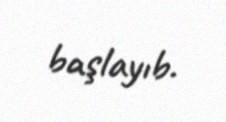
başlayıb.